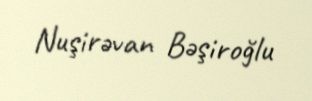
Nuşirəvan Bəşiroğlu